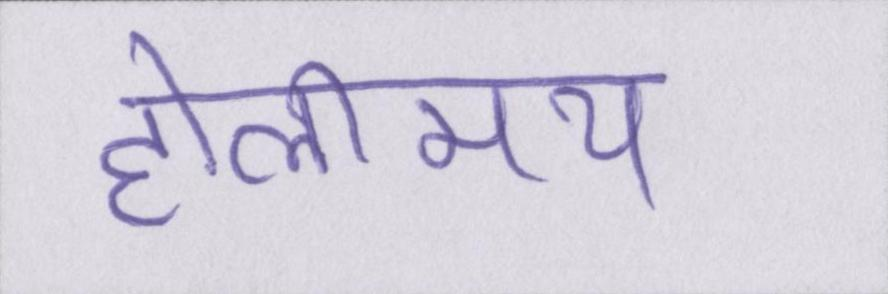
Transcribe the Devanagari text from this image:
होलीमय